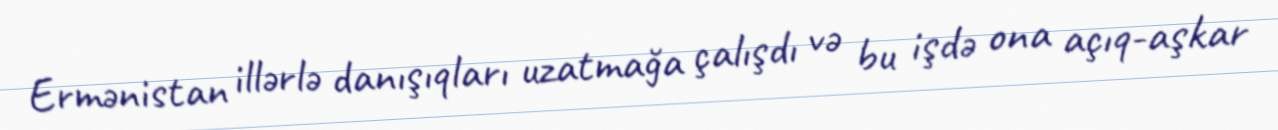
Ermənistan illərlə danışıqları uzatmağa çalışdı və bu işdə ona açıq-aşkar